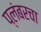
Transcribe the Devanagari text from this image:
प्लंबरचा